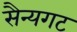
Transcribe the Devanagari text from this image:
सैन्यगट